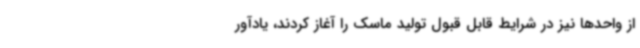
از واحدها نیز در شرایط قابل قبول تولید ماسک را آغاز کردند، یادآور